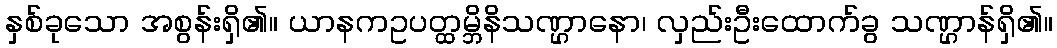
နှစ်ခုသော အစွန်းရှိ၏။ ယာနကဥပတ္ထမ္ဘိနိသဏ္ဌာနော၊ လှည်းဦးထောက်ခွ သဏ္ဌာန်ရှိ၏။